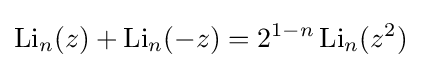
\operatorname {Li} _{n}(z)+\operatorname {Li} _{n}(-z)=2^{1-n}\operatorname {Li} _{n}(z^{2})